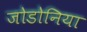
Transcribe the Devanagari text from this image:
जोडोनिया